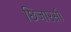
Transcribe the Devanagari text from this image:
छिजारसी